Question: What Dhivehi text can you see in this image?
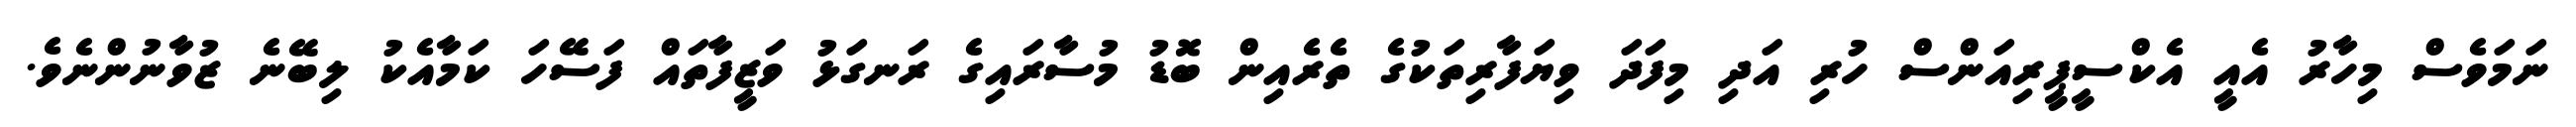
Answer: ނަމަވެސް މިހާރު އެއީ އެކްސީޕީރިއަންސް ހުރި އަދި މިފަދަ ވިޔަފާރިތަކުގެ ތެރެއިން ބޮޑު މުސާރައިގެ ރަނގަޅު ވަޒީފާތައް ފަސޭހަ ކަމާއެކު ލިބޭނެ ޒުވާނުންނެވެ.